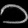
Digit: ၁